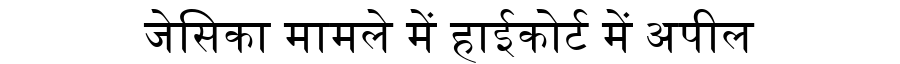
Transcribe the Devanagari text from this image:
जेसिका मामले में हाईकोर्ट में अपील